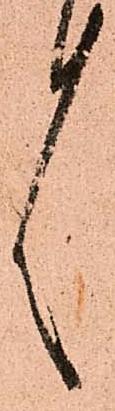
言